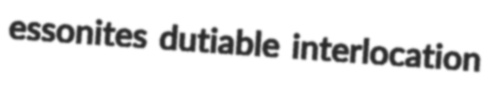
essonites dutiable interlocation